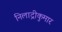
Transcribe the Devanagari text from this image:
निलाद्रीकुमार